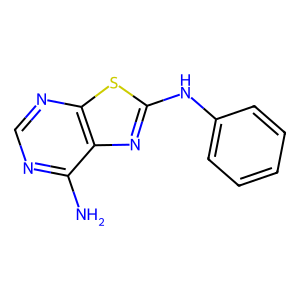
SMILES: Nc1ncnc2sc(Nc3ccccc3)nc12
Inhibits HIV replication: Yes